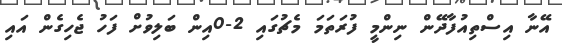
އޭނާ އިސްތިއުފާދޭން ނިންމީ ފުރަތަމަ މެޗުގައި 2-0އިން ބަލިވުށް ފަހު ޖެހިގެން އައި